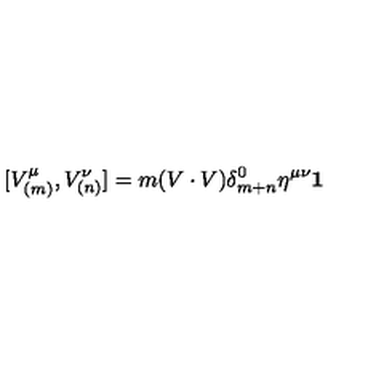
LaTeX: \lbrack V _ { ( m ) } ^ { \mu } , V _ { ( n ) } ^ { \nu } ] = m ( V \cdot V ) \delta _ { m + n } ^ { 0 } \eta ^ { \mu \nu } \mathbf { 1 }